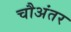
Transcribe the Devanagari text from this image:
चौअंतर